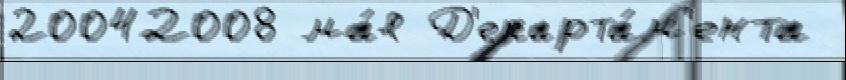
20042008 ма́я Д'епарта́м'ента